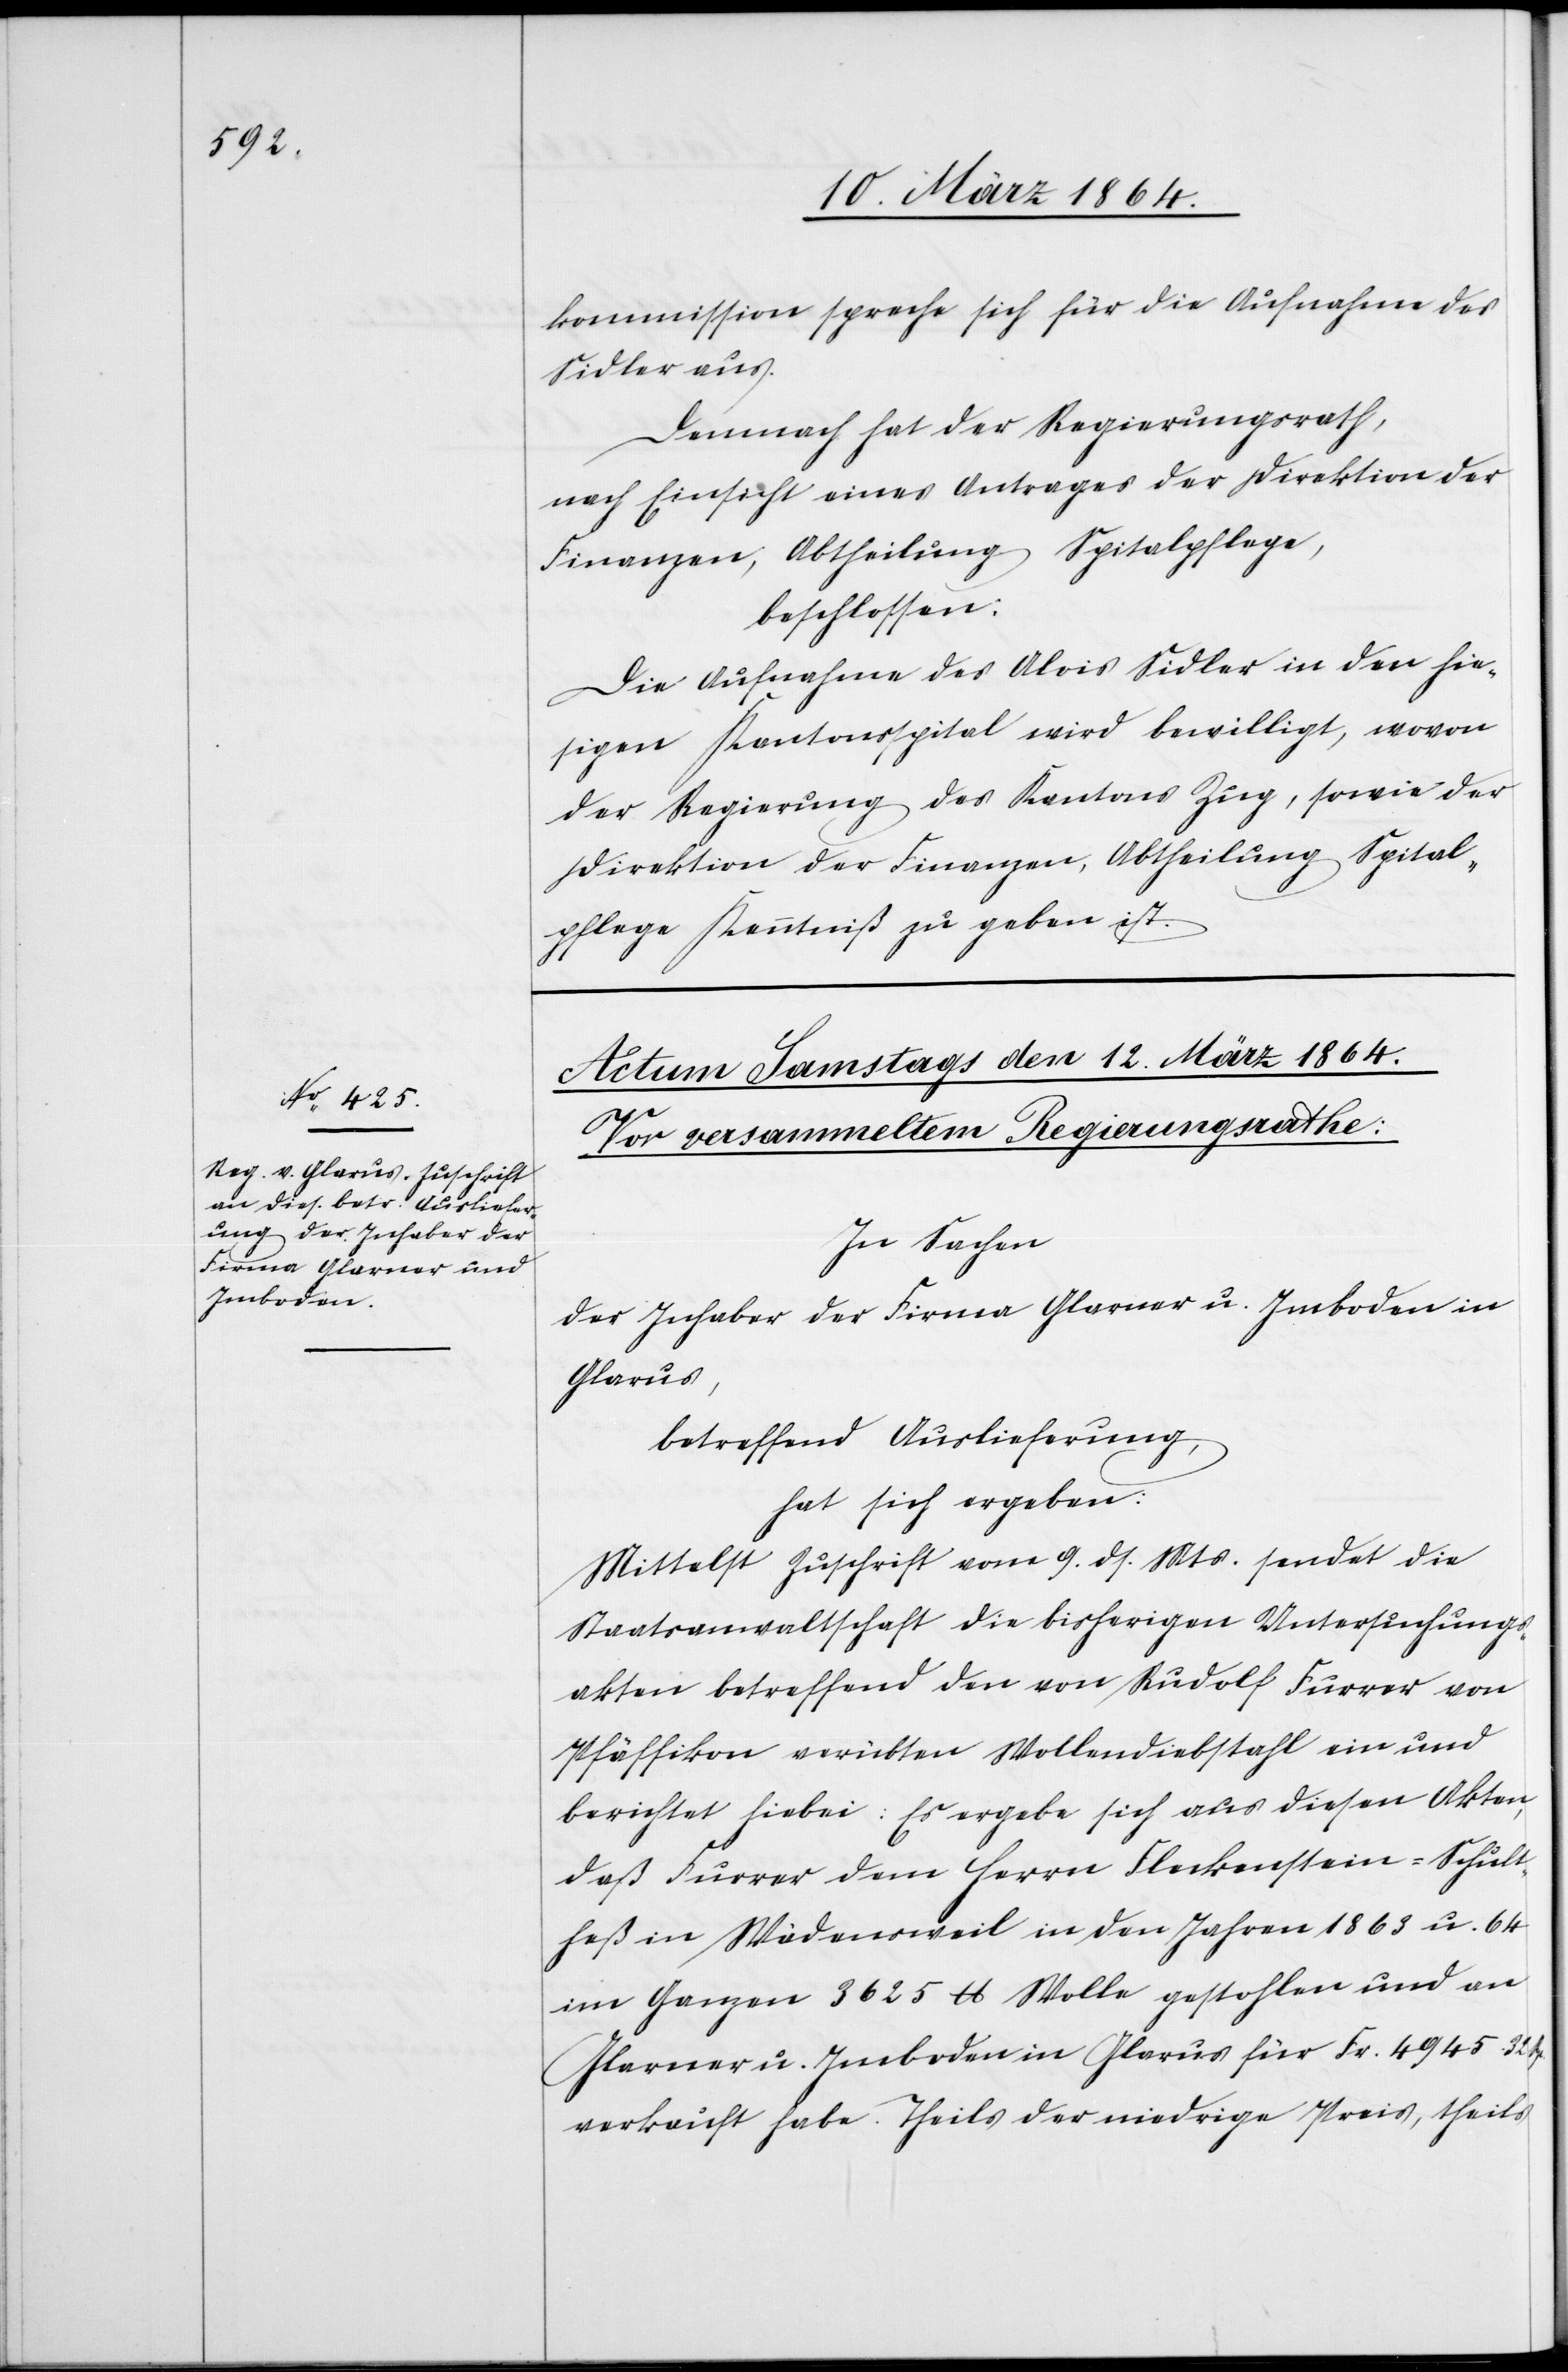
kommission spreche sich für die Aufnahme des
Sidler aus.
Demnach hat der Regierungsrath,
nach Einsicht eines Antrages der Direktion der
Finanzen, Abtheilung Spitalpflege,
beschlossen:
Die Aufnahme des Alois Sidler in den hie¬
sigen Kantonsspital wird bewilligt, wovon
der Regierung des Kantons Zug, sowie der
Direktion der Finanzen, Abtheilung Spital¬
pflege Kenntniß zu geben ist.
In Sachen
der Inhaber der Firma Glarner u. Imboden in
Glarus,
betreffend Auslieferung,
hat sich ergeben:
Mittelst Zuschrift vom 9. ds. Mts. sendet die
Staatsanwaltschaft die bisherigen Untersuchungs¬
akten betreffend den von Rudolf Furrer von
Pfäffikon verübten Wollendiebstahl ein und
berichtet hiebei: Es ergebe sich aus diesen Akten,
daß Furrer dem Herrn Fleckenstein-Schult¬
heß in Wädensweil in den Jahren 1863 u. 64
im Ganzen 3625 lb Wolle gestohlen und an
Glarner u. Imboden in Glarus für Fr. 4945 32 Rp.
verkauft habe. Theils der niedrige Preis, theils